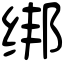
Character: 绑